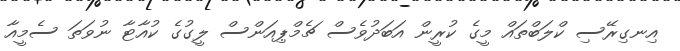
އިނގިރޭސި ކްލަބްތައް މީގެ ކުރީން އަބަދުވެސް ޗެމްޕިއަންސް ލީގުގެ ކުއާޓާ ނުވަތަ ސެމީއާ